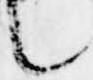
言